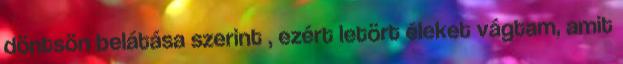
döntsön belátása szerint , ezért letört éleket vágtam, amit